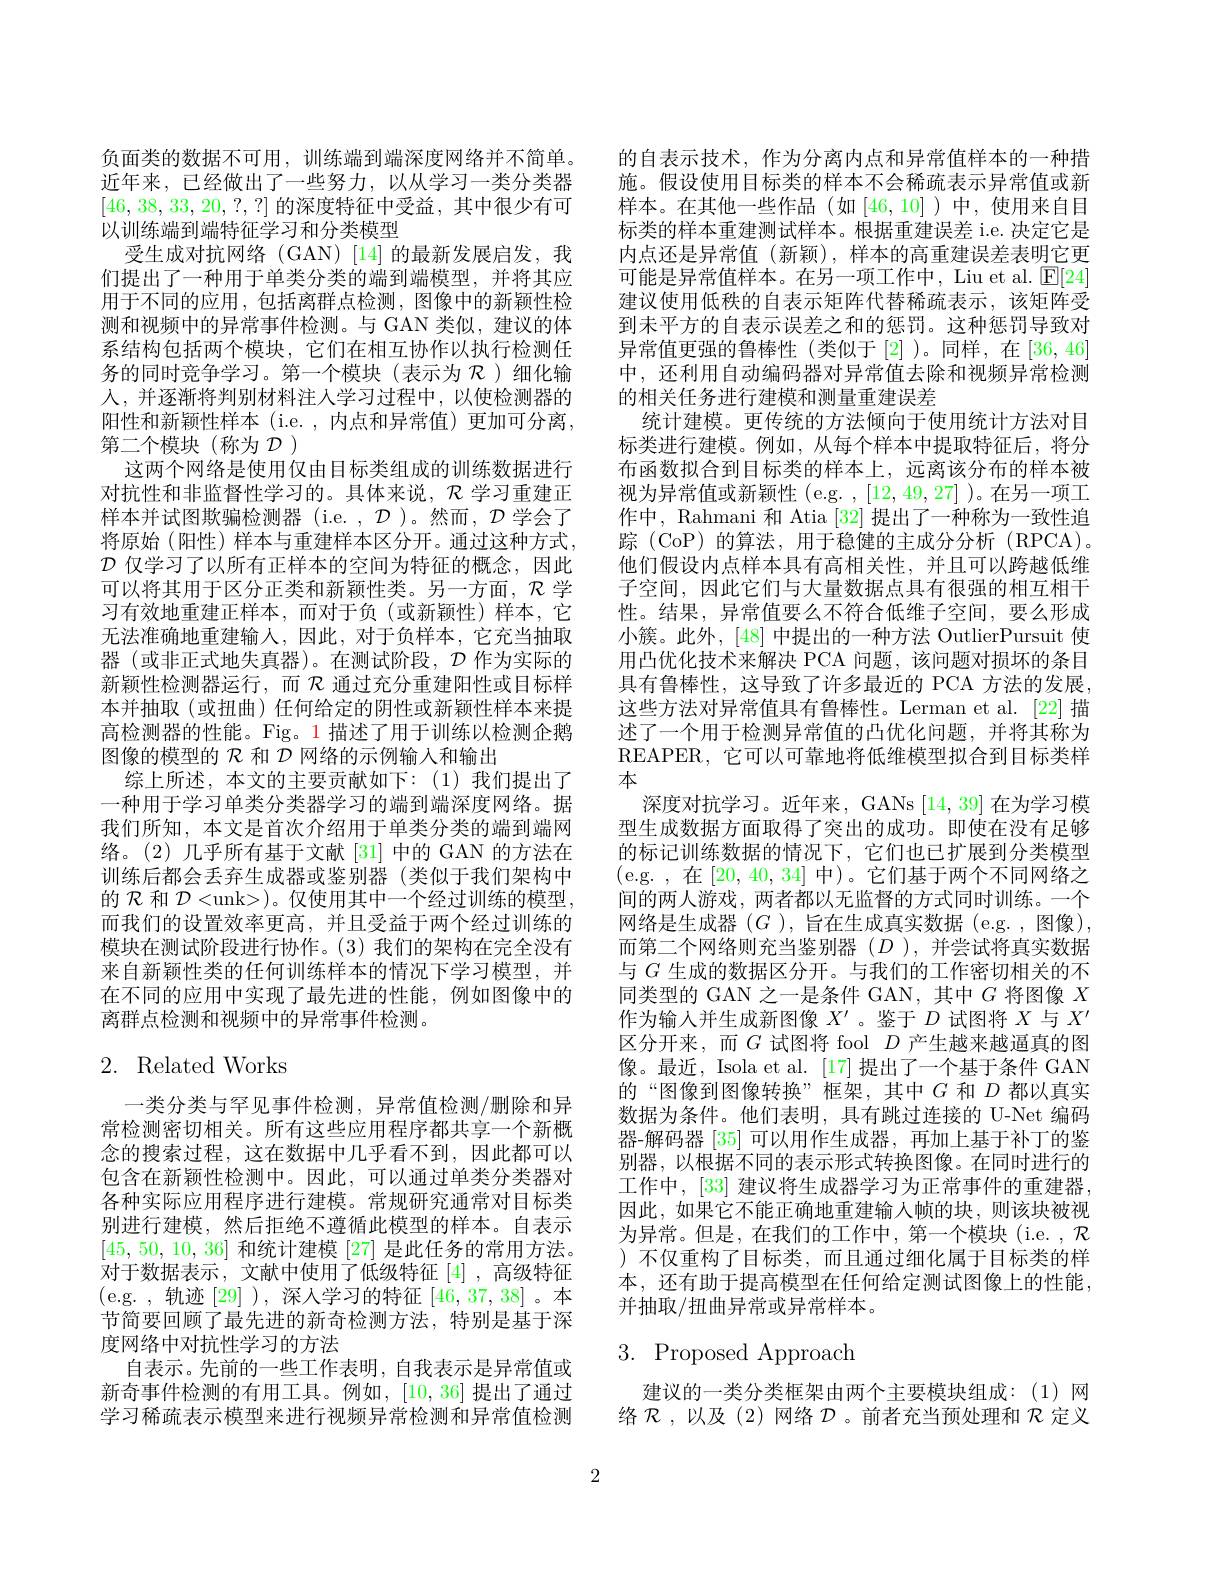
负面类的数据不可用，训练端到端深度网络并不简单。近年来，已经做出了一些努力，以从学习一类分类器[46,38,33,20,?,?]的深度特征中受益，其中很少有可以训练端到端特征学习和分类模型
受生成对抗网络 (GAN) [14] 的最新发展启发，我们提出了一种用于单类分类的端到端模型，并将其应用于不同的应用，包括离群点检测，图像中的新颖性检测和视频中的异常事件检测。与 GAN 类似，建议的体系结构包括两个模块，它们在相互协作以执行检测任务的同时竞争学习。第一个模块(表示为$\mathcal{R}$)细化输人，并逐渐将判别材料注人学习过程中，以使检测器的阳性和新颖性样本(i.e.,内点和异常值)更加可分离， 第二个模块(称为$\mathcal{D})$
这两个网络是使用仅由目标类组成的训练数据进行对抗性和非监督性学习的。具体来说，$\mathcal{R}$学习重建正样本并试图欺骗检测器(i.e.,D)。然而，$\mathcal{D}$学会了将原始(阳性)样本与重建样本区分开。通过这种方式， $\mathcal{D}$仅学习了以所有正样本的空间为特征的概念，因此可以将其用于区分正类和新颖性类。另一方面，$\mathcal{R}$学习有效地重建正样本，而对于负(或新颖性)样本，它无法准确地重建输入，因此，对于负样本，它充当抽取器 (或非正式地失真器)。在测试阶段，$\mathcal{D}$作为实际的新颖性检测器运行，而$\mathcal{R}$通过充分重建阳性或目标样本并抽取(或扭曲)任何给定的阴性或新颖性样本来提高检测器的性能。Fig。1 描述了用于训练以检测企鹅图像的模型的$\mathcal{R}$和$\mathcal{D}$网络的示例输入和输出
综上所述，本文的主要贡献如下：(1)我们提出了一种用于学习单类分类器学习的端到端深度网络。据我们所知，本文是首次介绍用于单类分类的端到端网络。(2) 几乎所有基于文献[31] 中的 GAN 的方法在训练后都会丢弃生成器或鉴别器(类似于我们架构中的$\mathcal{R}$和$\mathcal{D}<$unk>)。仅使用其中一个经过训练的模型， 而我们的设置效率更高，并且受益于两个经过训练的模块在测试阶段进行协作。(3)我们的架构在完全没有来自新颖性类的任何训练样本的情况下学习模型，并在不同的应用中实现了最先进的性能，例如图像中的离群点检测和视频中的异常事件检测。

# 2. Related Works

一类分类与罕见事件检测，异常值检测/删除和异常检测密切相关。所有这些应用程序都共享一个新概念的搜索过程，这在数据中几乎看不到，因此都可以包含在新颖性检测中。因此，可以通过单类分类器对各种实际应用程序进行建模。常规研究通常对目标类别进行建模，然后拒绝不遵循此模型的样本。自表示[45, 50, 10, 36]和统计建模[27]是此任务的常用方法。对于数据表示，文献中使用了低级特征[4],高级特征(e.g.,轨迹[29]),深人学习的特征 [46,37,38]。本节简要回顾了最先进的新奇检测方法，特别是基于深度网络中对抗性学习的方法
自表示。先前的一些工作表明，自我表示是异常值或新奇事件检测的有用工具。例如，[10,36] 提出了通过学习稀疏表示模型来进行视频异常检测和异常值检测

的自表示技术，作为分离内点和异常值样本的一种措施。假设使用目标类的样本不会稀疏表示异常值或新样本。在其他一些作品(如[46,10])中，使用来自目标类的样本重建测试样本。根据重建误差 i.e. 决定它是内点还是异常值(新颖),样本的高重建误差表明它更可能是异常值样本。在另一项工作中，Liu et al. $\operatorname{E}[24]$ 建议使用低秩的自表示矩阵代替稀疏表示，该矩阵受到未平方的自表示误差之和的惩罚。这种惩罚导致对异常值更强的鲁棒性(类似于[2])。同样，在[36,46] 中，还利用自动编码器对异常值去除和视频异常检测的相关任务进行建模和测量重建误差
统计建模。更传统的方法倾向于使用统计方法对目标类进行建模。例如，从每个样本中提取特征后，将分布函数拟合到目标类的样本上，远离该分布的样本被视为异常值或新颖性(e.g. ,[12,49,27] )。在另一项工作中，Rahmani 和 Atia [32] 提出了一种称为一致性追踪 ( CoP) 的 算 法 , 用 于 稳 健 的 主 成 分 分 析 ( RPCA) 。他们假设内点样本具有高相关性，并且可以跨越低维子空间，因此它们与大量数据点具有很强的相互相干性。结果，异常值要么不符合低维子空间，要么形成小簇。此外，[48]中提出的一种方法 OutlierPursuit 使用凸优化技术来解决 PCA 问题，该问题对损坏的条目具有鲁棒性，这导致了许多最近的 PCA 方法的发展， 这些方法对异常值具有鲁棒性。Lerman et al. [22] 描述了一个用于检测异常值的凸优化问题，并将其称为REAPER, 它可以可靠地将低维模型拟合到目标类样本
深度对抗学习。近年来，GANs [14,39]在为学习模型生成数据方面取得了突出的成功。即使在没有足够的标记训练数据的情况下，它们也已扩展到分类模型(e.g.,在[20,40,34] 中)。它们基于两个不同网络之间的两人游戏，两者都以无监督的方式同时训练。一个网络是生成器$(G)$,旨在生成真实数据 (e.g. , 图像), 而第二个网络则充当鉴别器($D$ ),并尝试将真实数据与$G$生成的数据区分开。与我们的工作密切相关的不同类型的 GAN 之一是条件 GAN, 其中$G$将图像$X$ 作为输人并生成新图像$X^{\prime}$ 。鉴于$D$试图将$X$与$X^{\prime}$ 区分开来，而$G$ 试图将 fool $D$ 产生越来越逼真的图像。最近，Isola et al. [17] 提出了一个基于条件 GAN 的“图像到图像转换”框架，其中$G$和$D$都以真实数据为条件。他们表明，具有跳过连接的 U-Net 编码器-解码器[35]可以用作生成器，再加上基于补丁的鉴别器，以根据不同的表示形式转换图像。在同时进行的工作中，[33]建议将生成器学习为正常事件的重建器， 因此，如果它不能正确地重建输入帧的块，则该块被视为异常。但是，在我们的工作中，第一个模块(i.e., $\mathcal{R}$ )不仅重构了目标类，而且通过细化属于目标类的样本，还有助于提高模型在任何给定测试图像上的性能， 并抽取/扭曲异常或异常样本。

# $3.{\mathrm{Proposed~Approach}}$

建议的一类分类框架由两个主要模块组成：(1)网络$\mathcal{R}$ ,以及 (2)网络$\mathcal{D}$ 。前者充当预处理和$\mathcal{R}$定义

2